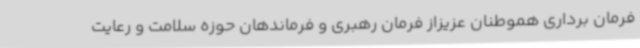
فرمان برداری هموطنان عزیزاز فرمان رهبری و فرماندهان حوزه سلامت و رعایت